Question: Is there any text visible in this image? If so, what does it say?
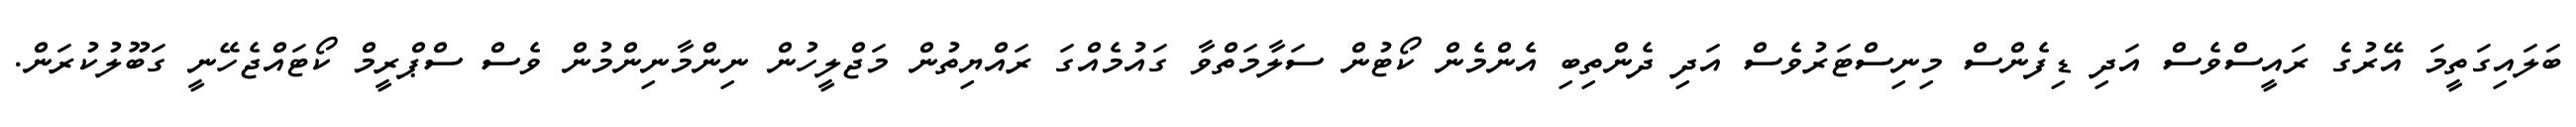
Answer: ބަލައިގަތީމަ އޭރުގެ ރައީސްވެސް އަދި ޑިފެންސް މިނިސްޓަރުވެސް އަދި ދެންތިބި އެންމެން ކޯޓުން ސަލާމަތްވާ ގައުމެއްގަ ރައްޔިތުން މަޖްލީހުން ނިންމާނިންމުން ވެސް ސްޕްރީމް ކޯޓައްޖެހޭނީ ގަބޫލުކުރަން.